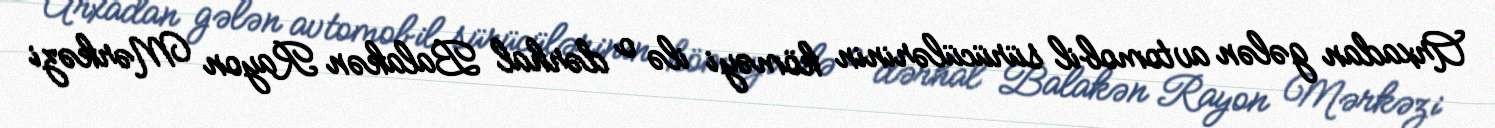
Arxadan gələn avtomobil sürücülərinin köməyi ilə o dərhal Balakən Rayon Mərkəzi